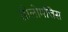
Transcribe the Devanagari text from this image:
सोलोमत्तिस